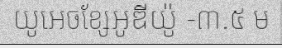
យូអេចខ្សែអូឌីយ៉ូ -៣.៥ ម